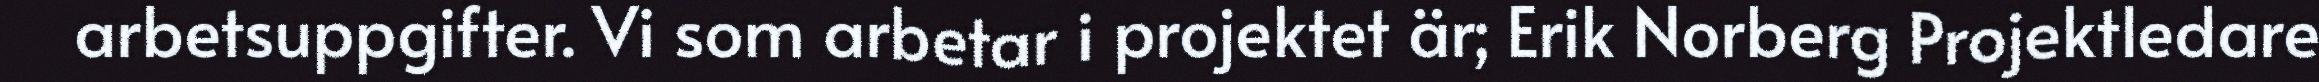
arbetsuppgifter. Vi som arbetar i projektet är; Erik Norberg Projektledare